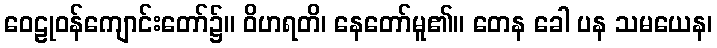
ဝေဠုဝန်ကျောင်းတော်၌။ ဝိဟရတိ၊ နေတော်မူ၏။ တေန ခေါ ပန သမယေန၊